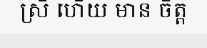
ស្រី ហើយ មាន ចិត្ត